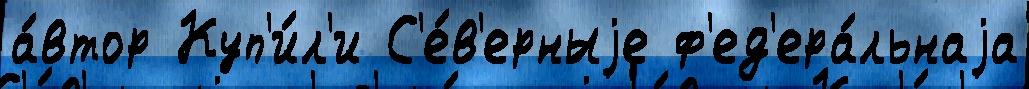
а́втор Куп'и́л'и С'е́в'ерныjе ф'ед'ера́льнаjа